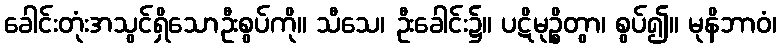
ခေါင်းတုံးအသွင်ရှိသောဦးစွပ်ကို။ သီသေ၊ ဦးခေါင်း၌။ ပဋိမုဉ္စိတွာ၊ စွပ်၍။ မုနိဘာဝံ၊